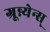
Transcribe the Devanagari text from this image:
ग्रून्न्येन्स्